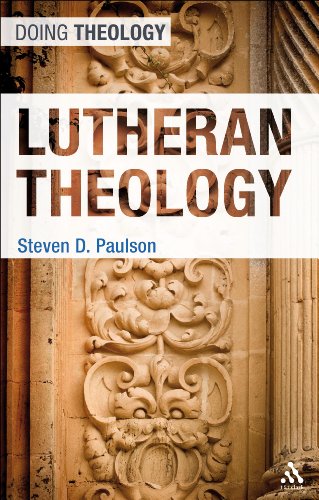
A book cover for Lutheran Theology (Doing Theology); Steven D. Paulson; Christian Books & Bibles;